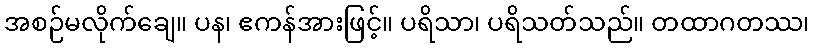
အစဉ်မလိုက်ချေ။ ပန၊ ဧကန်အားဖြင့်။ ပရိသာ၊ ပရိသတ်သည်။ တထာဂတဿ၊